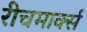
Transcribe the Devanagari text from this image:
रीचमार्क्स